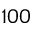
1 0 0